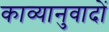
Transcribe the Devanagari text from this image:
काव्यानुवादों